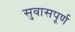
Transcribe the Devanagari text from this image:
सुवासपूर्ण